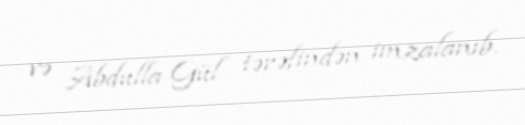
və Abdulla Gül tərəfindən imzalanıb.